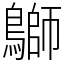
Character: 鶳